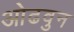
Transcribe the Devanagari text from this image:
ओढवुन